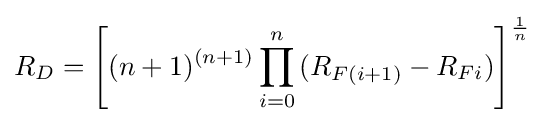
R_{D}={\Bigg [}(n+1)^{(n+1)}\prod _{i=0}^{n}{(R_{F(i+1)}-R_{Fi}){\Bigg ]}^{\frac {1}{n}}}